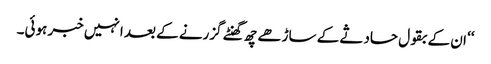
‘‘ ان کے بقول حادثے کے ساڑھے چھ گھنٹے گزرنے کے بعد انہیں خبر ہوئی۔